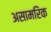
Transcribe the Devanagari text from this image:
असामरिक